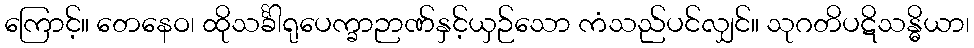
ကြောင့်။ တေနေဝ၊ ထိုသင်္ခါရုပေက္ခာဉာဏ်နှင့်ယှဉ်သော ကံသည်ပင်လျှင်။ သုဂတိပဋိသန္ဓိယာ၊